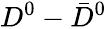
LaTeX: D^{0}-\bar{D}^{0}